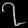
Digit: ၇